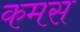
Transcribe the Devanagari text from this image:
कमस